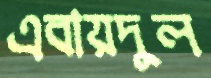
এবায়দুল